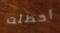
أخطئت